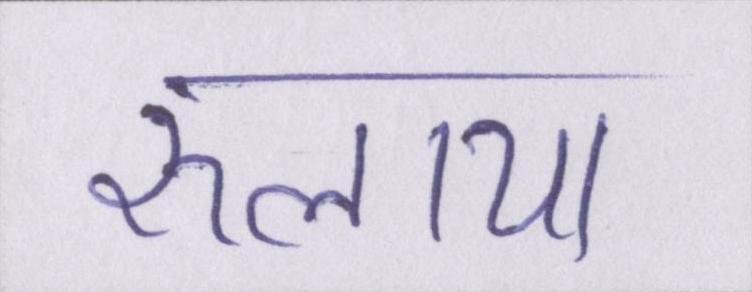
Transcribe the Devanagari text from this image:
रुलाया